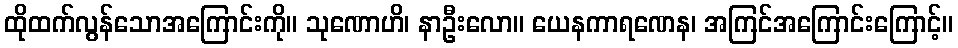
ထိုထက်လွန်သောအကြောင်းကို။ သုဏောဟိ၊ နာဦးလော။ ယေနကာရဏေန၊ အကြင်အကြောင်းကြောင့်။